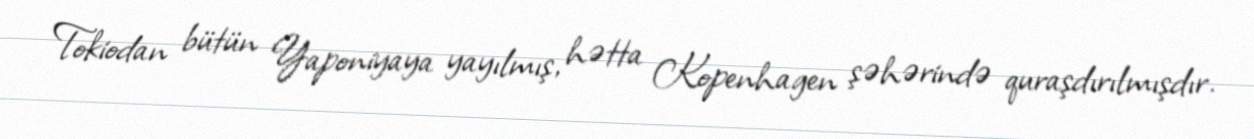
Tokiodan bütün Yaponiyaya yayılmış, hətta Kopenhagen şəhərində quraşdırılmışdır.